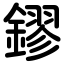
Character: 鏐